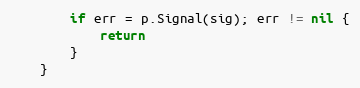
Language: Go
		if err = p.Signal(sig); err != nil {
			return
		}
	}